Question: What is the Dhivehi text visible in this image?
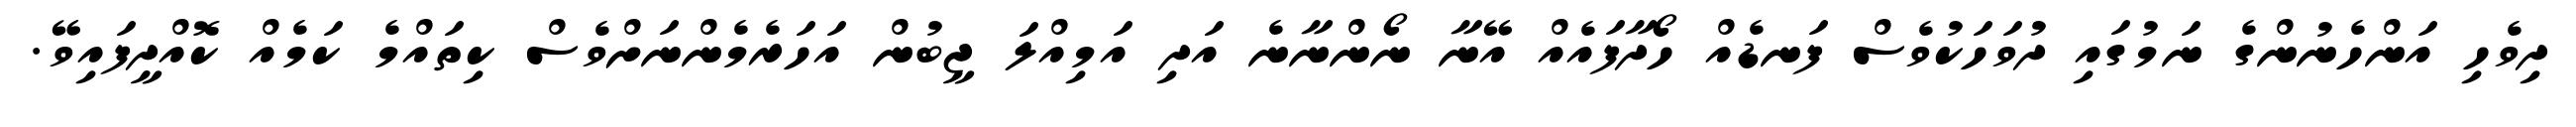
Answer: ދިވެހި އަންހެނުންގެ ނަމުގައި ދުވަހަކުވެސް ފަނޑެއް ހޯދާފައެއް އޭނާ ނޯންނާނެ އަދި އަމިއްލަ ޖީބުން އަހަރެމެންނަށްވެސް ކިތައްމެ ކަމެއް ކޮއްދީފައިވޭ.